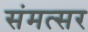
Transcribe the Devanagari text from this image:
संमत्सर